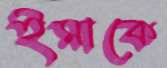
ইমাকে